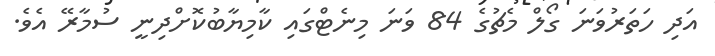
އަދި ހަތަރުވަނަ ގޯލް މެޗުގެ 84 ވަނަ މިނެޓްގައި ކާމިޔާބުކޮށްދިނީ ސުމާރޭ އެވެ.